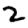
Digit: 2